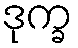
ဒုက္ခ